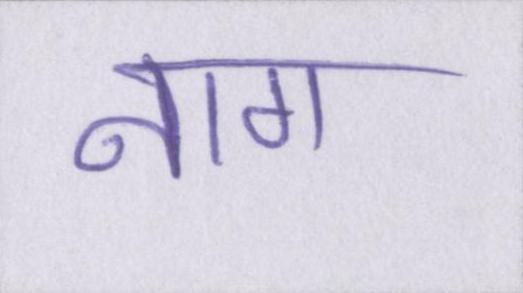
नाग